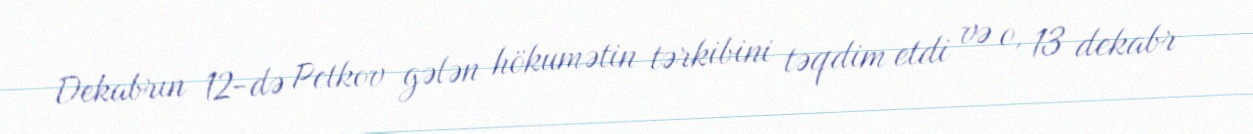
Dekabrın 12-də Petkov gələn hökumətin tərkibini təqdim etdi və o, 13 dekabr